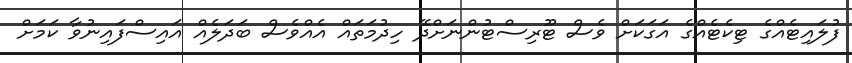
ފުލައިޓެއްގެ ޓިކެޓެއްގެ އަގަކަށް ވެސް ޓޫރިސްޓުންނަށްދޭ ހިދުމަތައް އެއްވެސް ބަދަލެއް އައިސްފައިނުވާ ކަމަށް